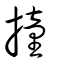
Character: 撞